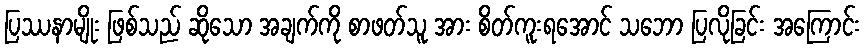
ပြဿနာမျိုး ဖြစ်သည် ဆိုသော အချက်ကို စာဖတ်သူ အား စိတ်ကူးရအောင် သဘော ပြလိုခြင်း အကြောင်း